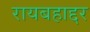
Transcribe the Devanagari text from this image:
रायबहाद्दर